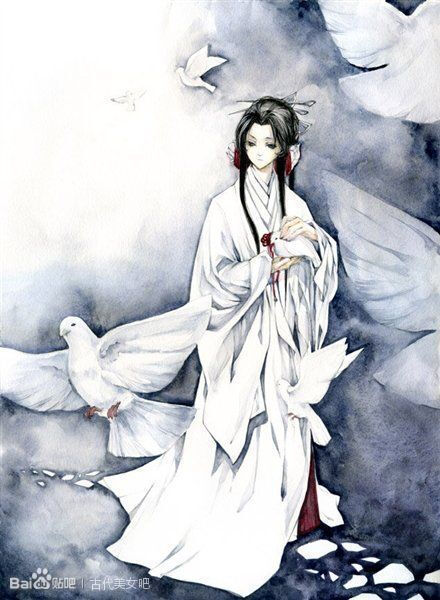
鸟去鸟来山色里，人歌人哭水声中。